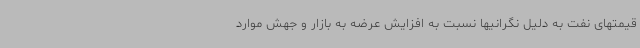
قیمتهای نفت به دلیل نگرانیها نسبت به افزایش عرضه به بازار و جهش موارد